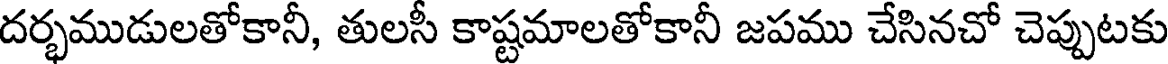
దర్భముడులతోకానీ, తులసీ కాష్టమాలతోకానీ జపము చేసినచో చెప్పుటకు